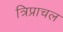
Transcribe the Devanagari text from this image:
त्रिप्राचल